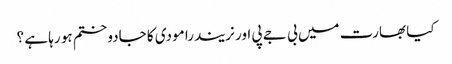
کیا بھارت میں بی جے پی اور نریندرا مودی کا جادو ختم ہو رہا ہے ؟